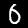
Digit: 0